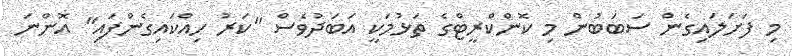
މި ފަށަލައިގެން ސަބަބުން މި ކޮންކްރީޓްގެ ތަޅުމަކީ އަބަދުވެސް "ކަރު ހިއްކައިގެންފައި" އޮންނަ